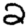
Digit: 2